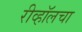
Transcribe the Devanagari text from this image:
रीव्हॉलचा